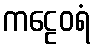
ကဠေဝရံ